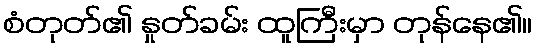
စံတုတ်၏ နှုတ်ခမ်း ထူကြီးမှာ တုန်နေ၏။